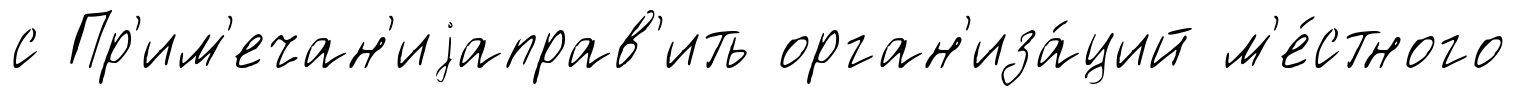
с Пр'им'ечан'иjаправ'ить орган'иза́ций м'е́стного